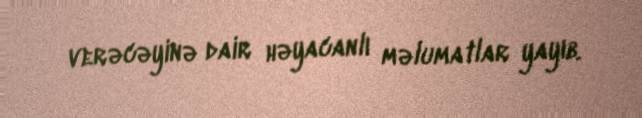
verəcəyinə dair həyacanlı məlumatlar yayıb.